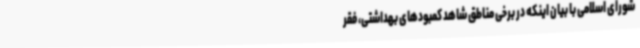
شورای اسلامی با بیان اینکه در برخی مناطق شاهد کمبودهای بهداشتی، فقر